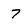
Character: 7